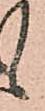
候